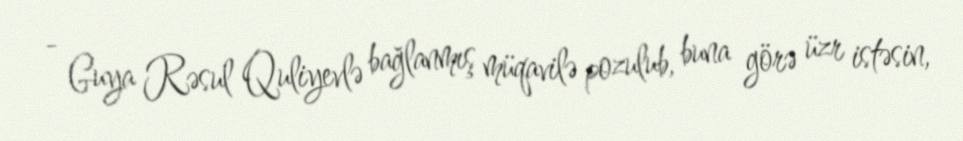
- Guya Rəsul Quliyevlə bağlanmış müqavilə pozulub, buna görə üzr istəsin,